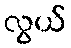
လွယ်